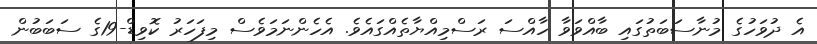
އެ ދުވަހުގެ މުނާސަބަތުގައި ބާއްވަވާ ހާއްސަ ރަސްމިއްޔާތެއްގައެވެ. އެހެންނަމަވެސް މިފަހަރު ކޮވިޑް-19ގެ ސަބަބުން